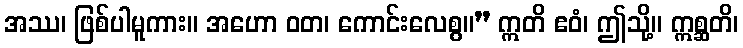
အဿ၊ ဖြစ်ပါမူကား။ အဟော ဝတ၊ ကောင်းလေစွ။” ဣတိ ဧဝံ၊ ဤသို့။ ဣစ္ဆတိ၊